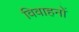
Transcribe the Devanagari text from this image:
विवाहनों